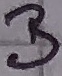
Text: B